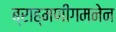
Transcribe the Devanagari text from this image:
ब्राह्मणीगमनेन